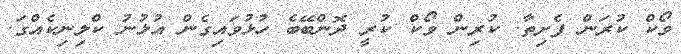
ވޯކް ކުރަން ފެށިތާ. ކުރިން ވޯކް ކުރީ ދޮންބޭބެ ހުޅުވައިގެން އުޅުނު ކްލިނިކެއްގަ.